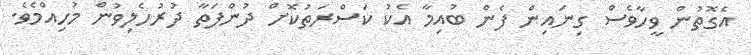
އެގޮތުން ވީހާވެސް ގިނައިން ފެން ބުއިމާ އެކު ކަސްރަތުކޮށް ދުންފަތާ ދުރުހެލިވުން މުހިއްމެވެ.